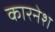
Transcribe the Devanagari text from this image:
कारनेश